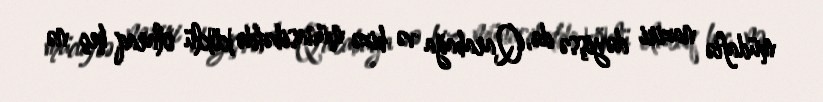
müdafiə naziri dəyişsə də, Qarabağa və bizə münasibətdə köklü olaraq heç nə